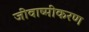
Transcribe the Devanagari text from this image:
जीवाष्मीकरण